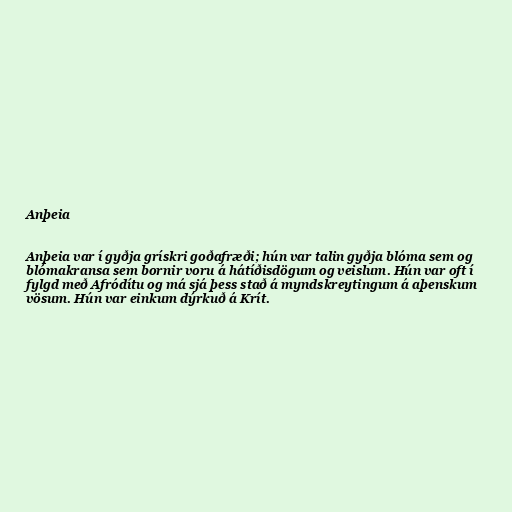
Anþeia

Anþeia var í gyðja grískri goðafræði; hún var talin gyðja blóma sem og
blómakransa sem bornir voru á hátíðisdögum og veislum. Hún var oft í
fylgd með Afródítu og má sjá þess stað á myndskreytingum á aþenskum
vösum. Hún var einkum dýrkuð á Krít.